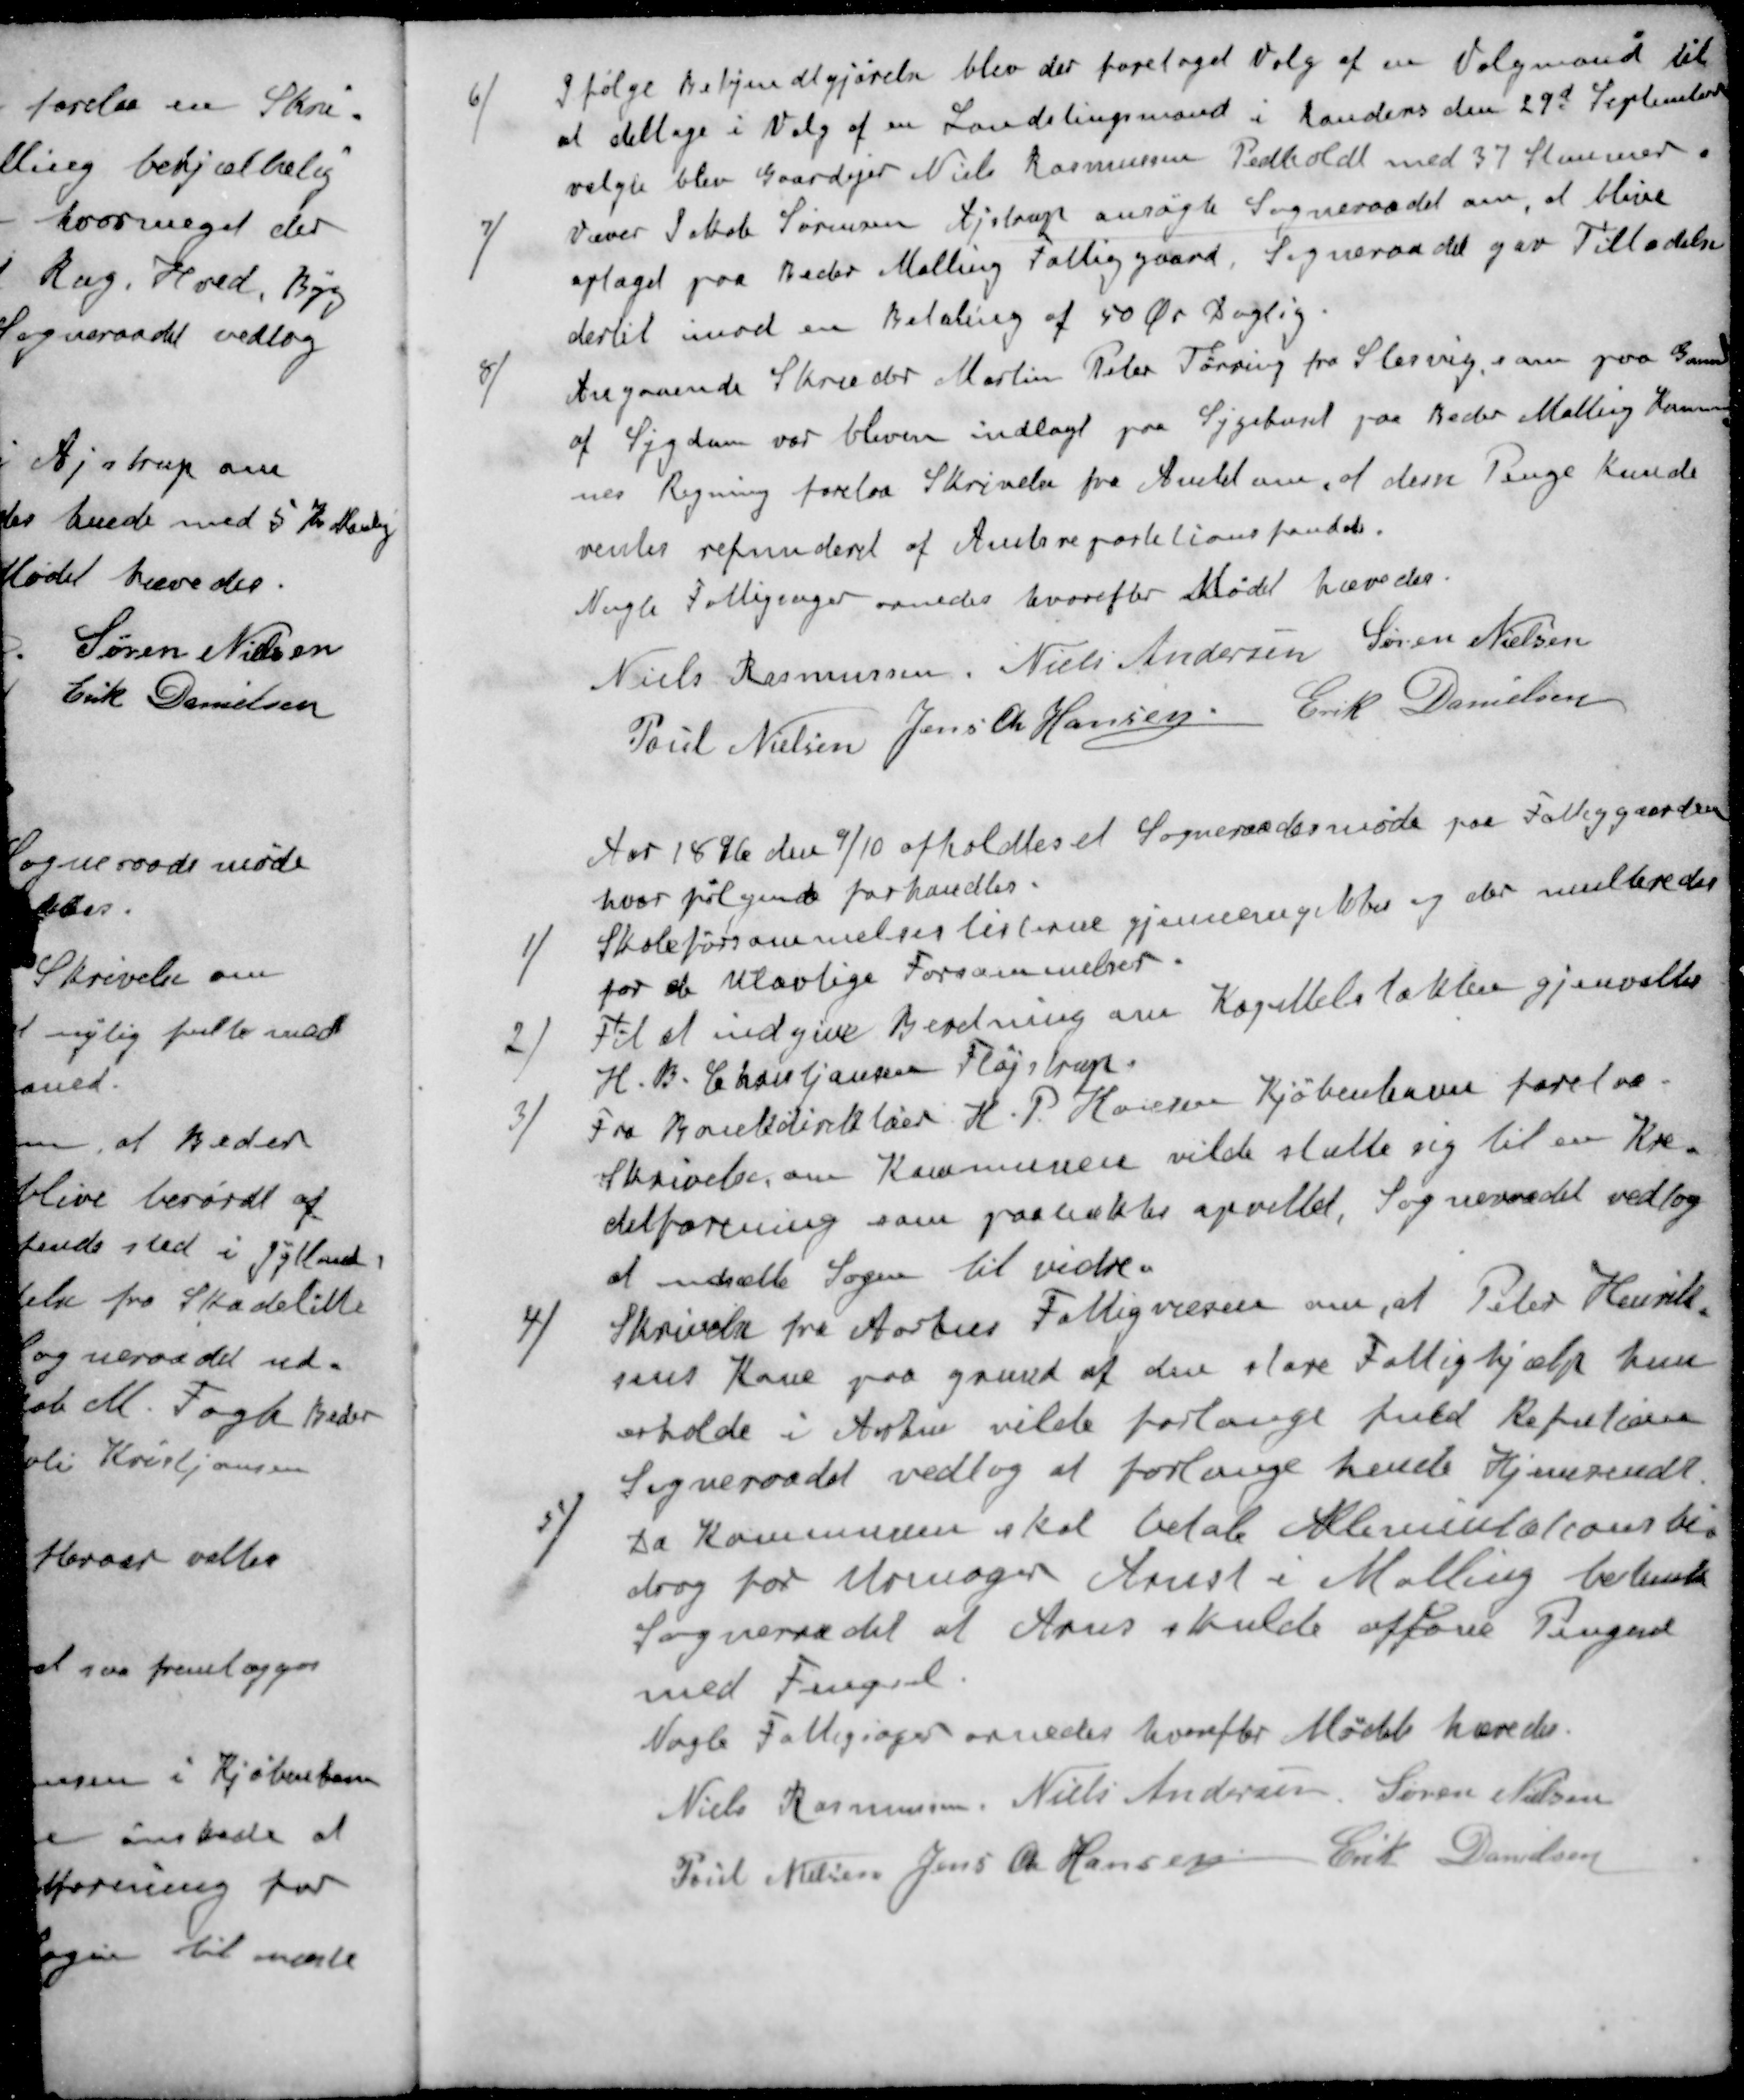
Transskription:
6 ) I følge Bekendtgjørelse blev der foretaget Valg af en Valgmand til
at deltage i Valg af en Landstingsmand i Randens den 29d September
valgt blev Gaardejer Niels Rasmussen Pedholdt med 37 Stemmer
7 ) Væver Jakob Sørensen Ajstrup ansøgte Sogneraadet om, at blive
optaget paa Beder Malling Fattiggaard. Sogneraadet gav Tilladelse
dertil mod en Betaling af 50 Øre Daglig
8 ) Angaaende Skræder Martin Peter Tørring fra Slesvig, som paa Grund
af Sygdom var bleven indlagt paa Sygehuset paa Beder Malling Kommu-
nes Regning forelaa Skrivelse fra Amtet om, at disse Penge kunde
ventes refunderet af Amtsrepartitionsfondet.
Nogle Fattigsager ornedes hvorefter Mødet hævedes.
Niels Rasmussen
Niels Andersen
Søren Nielsen
Poul Nielsen
Jens Ch Hansen
Erik Danielsen
Aar 1896 den 9/10 afholdtes et Sogneraadsmøde paa Fattiggaarden
hvor følgende forhandles.
1 ) Skoleforsømmelseslisterne gjennemgikkes og der multeredes
for de Ulovlige Forsømmelser.
2 ) Til at indgive Beretning om Kapitelstakster gjenvaltes
H. B. Christjansen Fløjstrup.
3 ) Fra Bankdirektør H. P. Hansen Kjøbenhavn forelaa
Skrivelse om Kommunen vilde slutte sig til en Kre-
ditforening som paatænkte oprettet. Sogneraadet vedtog
at udsætte Sagen til vidre.
4 ) Skrivelse fra Aarhus Fattigvæsen om, at Peter Henrik-
sens Kone paa grund af den store Fattighjælp hun
erholde i Århus vilde forlange fuld Refutioner
Sogneraadet vedtog at forlange hende Hjemsendt
5 ) Da Kommunen skal betale Alimentationsbi-
drag for Urmager Arnst i Malling besluttede
Sogneraadet at Arns skulde afsone Pengene
med Fengsel.
Nogle Fattigsager ornedes hvorefter Mødet hævedes.
Niels Rasmussen
Niels Andersen
Søren Nielsen
Poul Nielsen
Jens Chr Hansen
Erik Danielsen